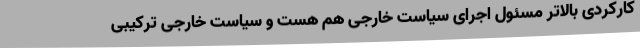
کارکردی بالاتر مسئول اجرای سیاست خارجی هم هست و سیاست خارجی ترکیبی